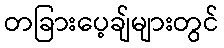
တခြားပေ့ချ်များတွင်